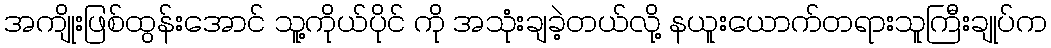
အကျိုးဖြစ်ထွန်းအောင် သူ့ကိုယ်ပိုင် ကို အသုံးချခဲ့တယ်လို့ နယူးယောက်တရားသူကြီးချုပ်က